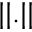
| | . | |